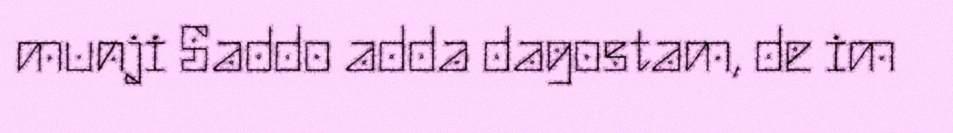
munji Saddo adda dagostam, de im